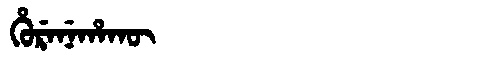
Manchu: ᡥᡠᡵᡝᠨᡝᡥᠠᡴᡡ
Romanization: HURENEHAKŪ